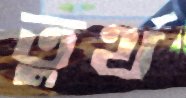
তুর্থ